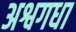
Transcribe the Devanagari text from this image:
अश्वगधा